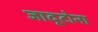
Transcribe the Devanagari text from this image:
जादूटोना